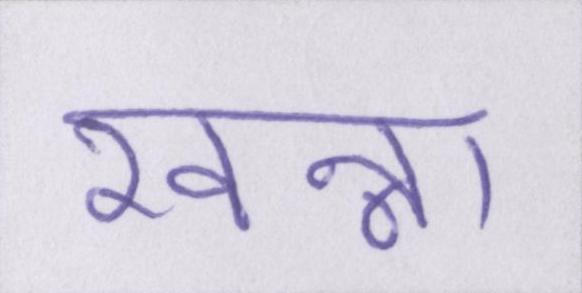
खन्ना